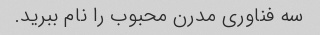
سه فناوری مدرن محبوب را نام ببرید.